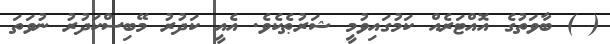
( ) ބާވަތުގެ އޮއްޓަރެއް ކަމުގައިވުމީ ޝަރުޠެކެވެ. އެއީ ކަދުރު މޭބިސްކަދުރު ނުވަތަ